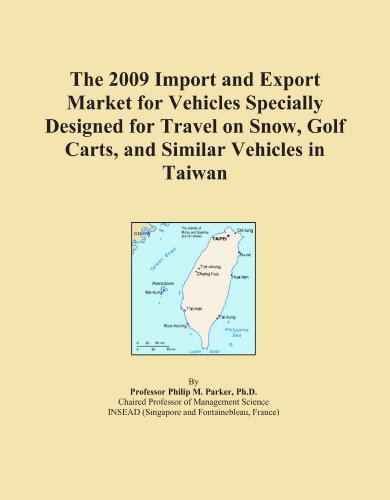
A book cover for The 2009 Import and Export Market for Vehicles Specially Designed for Travel on Snow, Golf Carts, and Similar Vehicles in Taiwan; Icon Group International; Travel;